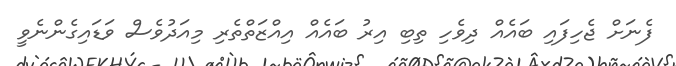
ފެނަށް ޖެހިފައި ބައެއް ދިވެހި ތިބި އިރު ބައެއް އިއްޒަތްތެރި މިއަދުވެސް ވަޑައިގެންނެވީ